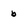
Character: b